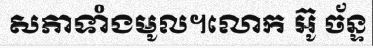
សភាទាំងមូល។លោក អ៊ូ ច័ន្ទ